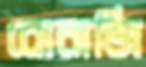
বোনার্জি